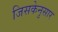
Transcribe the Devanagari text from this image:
जिसकेनुसार